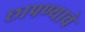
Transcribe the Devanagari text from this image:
छापण्याचे